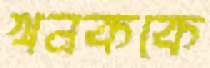
খনককে